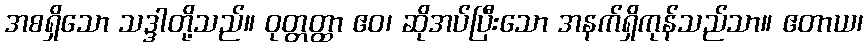
အစရှိသော သဒ္ဒါတို့သည်။ ဝုတ္တတ္ထာ ဧဝ၊ ဆိုအပ်ပြီးသော အနက်ရှိကုန်သည်သာ။ ဧတာယ၊